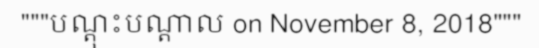
"""បណ្តុះបណ្តាល on November 8, 2018"""